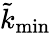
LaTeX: \tilde{k}_{\mathrm{min}}